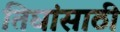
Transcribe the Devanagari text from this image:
तिघांसाठी